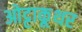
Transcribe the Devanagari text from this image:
ओट्टाकूथर